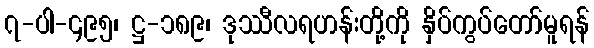
၇-ပါ-၄၉၅၊ ဋ္ဌ-၁၈၉၊ ဒုဿီလရဟန်းတို့ကို နှိပ်ကွပ်တော်မူရန်